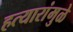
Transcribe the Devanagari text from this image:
हत्यारांमुळे